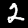
Label: 2